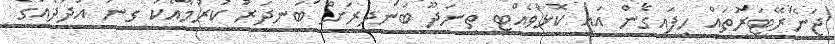
ޖަނެރޭޓަރުތައް ހިފައިގެން އައި ކޮޅުވެއްޓި ތިނަދޫ ބަނދަރަށް ބަނދަރު ކުރުމާއެކު ގިނަ އަދަދެއްގެ